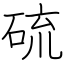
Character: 硫